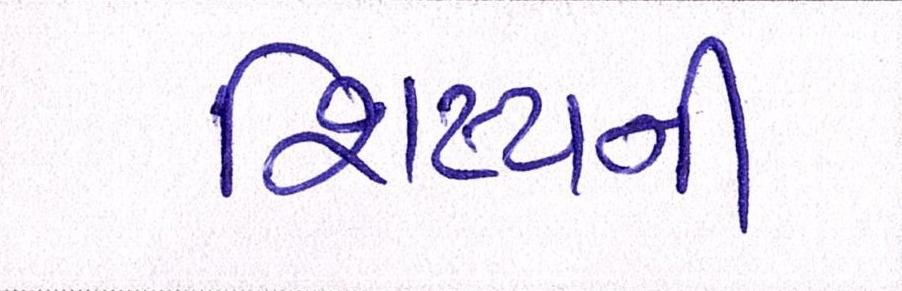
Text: શિષ્યની